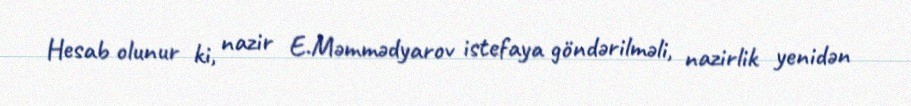
Hesab olunur ki, nazir E.Məmmədyarov istefaya göndərilməli, nazirlik yenidən